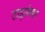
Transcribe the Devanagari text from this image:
टाइजेका